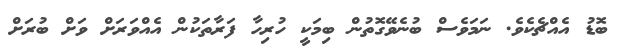
ބޮޑު އެއްޗެކެވެ. ނަމަވެސް ބުނެވޭގޮތުން ބިމަކީ ހުރިހާ ފަރާތަކުން އެއްވަރަށް ވަށް ބުރަށް